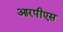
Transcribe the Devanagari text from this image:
आरपीएस